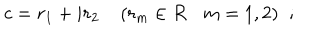
c = r _ { 1 } + i r _ { 2 } \; ( r _ { m } \in { \cal R } m = 1 , 2 ) \; \; ;